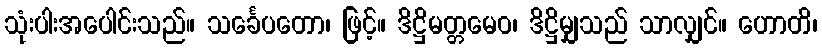
သုံးပါးအပေါင်းသည်။ သင်္ခေပတော၊ ဖြင့်။ ဒိဋ္ဌိမတ္တမေဝ၊ ဒိဋ္ဌိမျှသည် သာလျှင်။ ဟောတိ၊